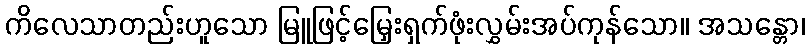
ကိလေသာတည်းဟူသော မြူဖြင့်မြှေးရှက်ဖုံးလွှမ်းအပ်ကုန်သော။ အသန္တော၊